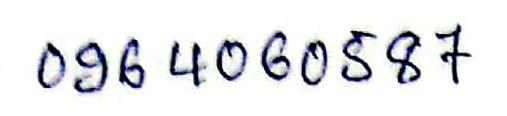
096 4060587